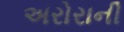
અરોરાની